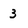
Character: 3